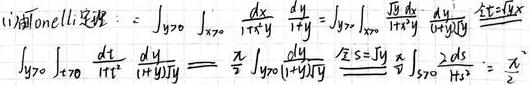
&(ii)利用Tonelli定理：\[\int_{y\geq0}\int_{x\geq0}\frac{dx}{1+x^y}\frac{dy}{1+y}=\int_{y\geq0}\int_{x\geq0}\frac{\frac{1}{y}dx}{1+x^y}\frac{ydy}{1+y}\stackrel{t=x^y}{=}\int_{y\geq0}\int_{t\geq0}\frac{dt}{1+t^2}\frac{dy}{1+y^2}\]\\
\[=&\frac{\pi}{2}\int_{y\geq0}\frac{dy}{1+y^2}\stackrel{z=y}{=}\frac{\pi}{2}\int_{z\geq0}\frac{dz}{1+z^2}=\frac{\pi^2}{4}\]